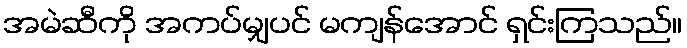
အမဲဆီကို အကပ်မျှပင် မကျန်အောင် ရှင်းကြသည်။